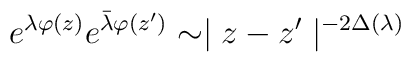
e^{\lambda\varphi (z)} e^{\bar{\lambda}\varphi (z')} \sim\mid z-z' \mid^{-2\Delta(\lambda)}